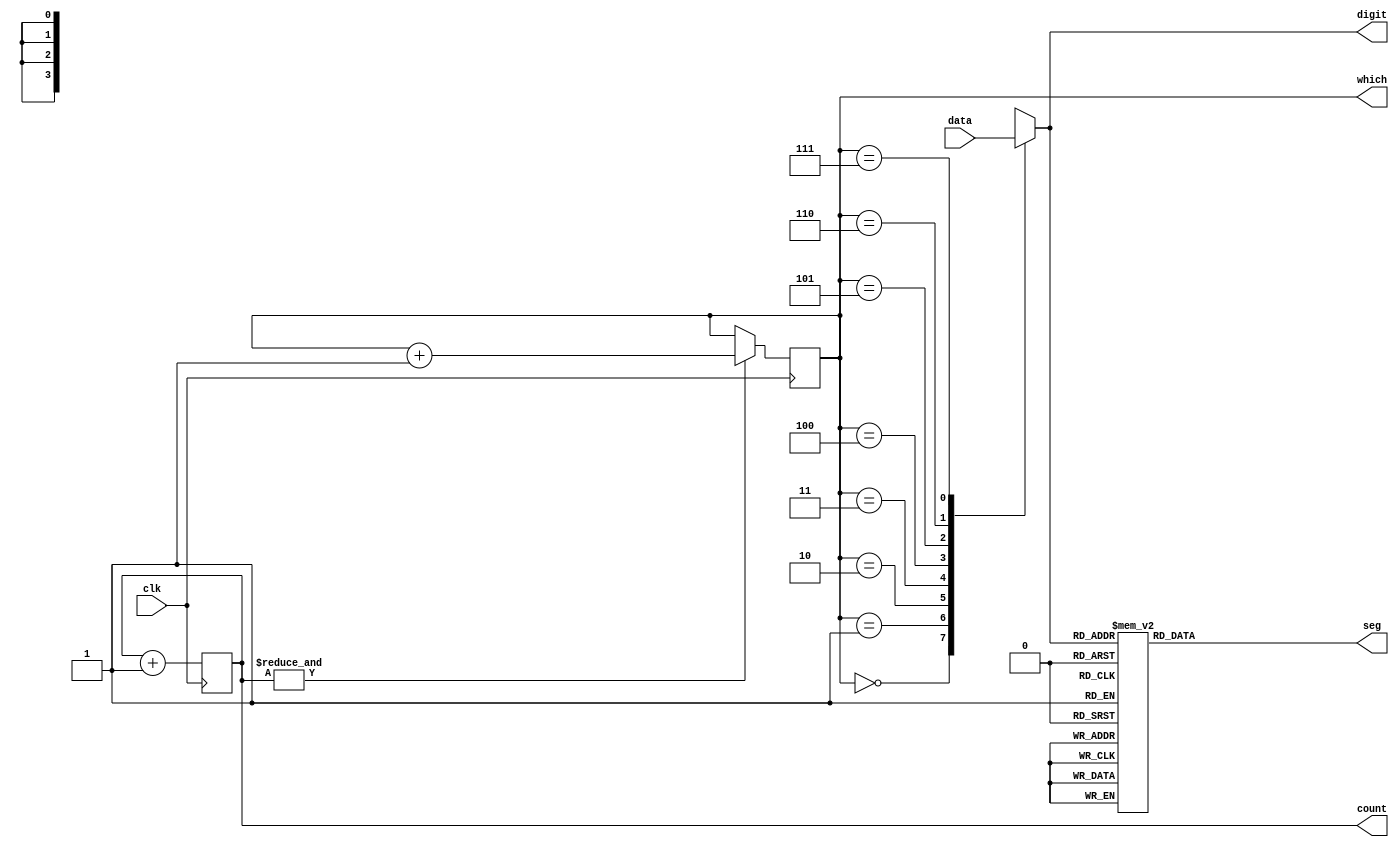
`timescale 1ns / 1ps
// 8 
module Display(clk, data, which, seg,
    count, digit); // 
    input clk; // 
    input [32:1] data; // 32 
    output reg [2:0] which = 0; // 
    output reg [7:0] seg; // 

    output reg [14:0] count = 0; // 
    always @(posedge clk) count <= count + 1'b1;
    always @(negedge clk) if (&count) which <= which + 1'b1;

    output reg [3:0] digit; //   
    always @* case (which)
        0: digit <= data[32:29]; // 
        1: digit <= data[28:25];
        2: digit <= data[24:21];
        3: digit <= data[20:17];
        4: digit <= data[16:13];
        5: digit <= data[12:09];
        6: digit <= data[08:05];
        7: digit <= data[04:01]; // 
    endcase

    always @* case (digit) //   a,b,c,...g,dp
        4'h0: seg <= 8'b0000_0011; //  gdp  0
        4'h1: seg <= 8'b1001_1111; //  bc  1
        4'h2: seg <= 8'b0010_0101;
        4'h3: seg <= 8'b0000_1101;
        4'h4: seg <= 8'b1001_1001;
        4'h5: seg <= 8'b0100_1001;
        4'h6: seg <= 8'b0100_0001;
        4'h7: seg <= 8'b0001_1111;
        4'h8: seg <= 8'b0000_0001;
        4'h9: seg <= 8'b0000_1001;
        4'hA: seg <= 8'b0001_0001;
        4'hB: seg <= 8'b1100_0001;
        4'hC: seg <= 8'b0110_0011;
        4'hD: seg <= 8'b1000_0101;
        4'hE: seg <= 8'b0110_0001;
        4'hF: seg <= 8'b0111_0001;
    endcase

endmodule // Display